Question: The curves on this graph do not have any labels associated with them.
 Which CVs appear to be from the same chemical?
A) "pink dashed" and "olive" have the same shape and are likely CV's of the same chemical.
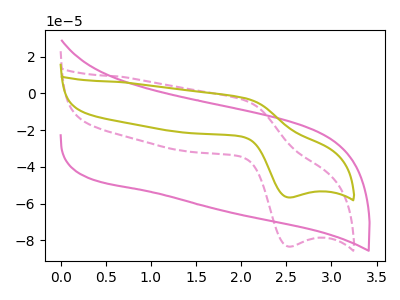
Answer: <think>The pink dashed curve "pink dashed" has an anodic peak at (2.05V, -4.00uA) and a cathodic peak at (2.50V, -83.45uA). The pink curve "pink" has no peaks. The olive curve "olive" has an anodic peak at (2.05V, -2.70uA) and a cathodic peak at (2.50V, -56.70uA).
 "pink dashed" and "pink" have a different number of peaks. All the peaks in "pink dashed" have a peak in "olive" at the same potential. "pink" and "olive" have a different number of peaks.</think>
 <answer>A) "pink dashed" and "olive" have the same shape and are likely CV's of the same chemical.</answer>
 <eval>A</eval>